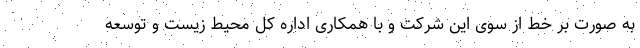
به صورت بر خط از سوی این شرکت و با همکاری اداره کل محیط زیست و توسعه